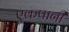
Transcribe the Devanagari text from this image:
एकपानी